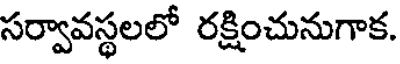
సర్వావస్థలలో రక్షించునుగాక.